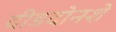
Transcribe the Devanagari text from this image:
दीडदोनशे